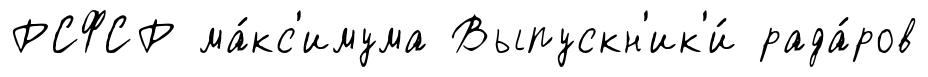
РСФСР ма́кс'имума Выпускн'ик'и́ рада́ров